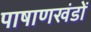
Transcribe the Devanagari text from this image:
पाषाणखंडों